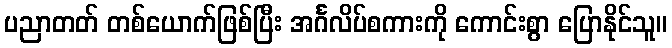
ပညာတတ် တစ်ယောက်ဖြစ်ပြီး အင်္ဂလိပ်စကားကို ကောင်းစွာ ပြောနိုင်သူ။